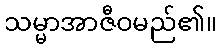
သမ္မာအာဇီဝမည်၏။